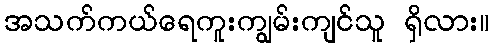
အသက်ကယ်ရေကူးကျွမ်းကျင်သူ ရှိလား။